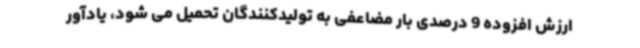
ارزش افزوده 9 درصدی بار مضاعفی به تولیدکنندگان تحمیل می شود، یادآور